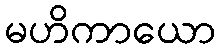
မဟိကာယော